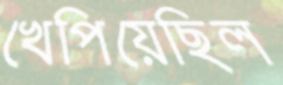
খেপিয়েছিল